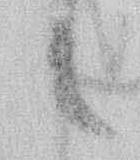
候